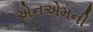
એનએમની